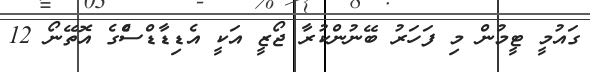
ގައުމީ ޓީމުން މި ފަހަރު ބޭނުންކުރާ ޖޯޒީ އަކީ އެޑިޑާޑްސްެގެ އޮތޭނޯ 12